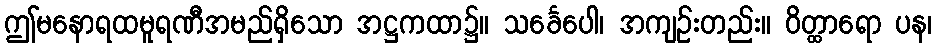
ဤမနောရထမူရဏီအမည်ရှိသော အဋ္ဌကထာ၌။ သင်္ခေပေါ၊ အကျဉ်းတည်း။ ဝိတ္ထာရော ပန၊